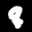
Label: 8